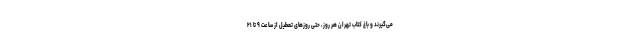
می‌گیرند و باغ کتاب تهران هر روز، حتی روزهای تعطیل از ساعت ۹ تا ۲۱